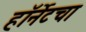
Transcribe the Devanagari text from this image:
हॉर्नेटचा